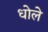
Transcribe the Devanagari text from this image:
धोले